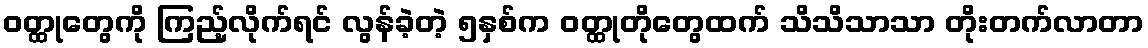
ဝတ္ထုတွေကို ကြည့်လိုက်ရင် လွန်ခဲ့တဲ့ ၅နှစ်က ဝတ္ထုတိုတွေထက် သိသိသာသာ တိုးတက်လာတာ